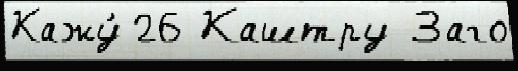
Кажу́ 26 Каштру Заго